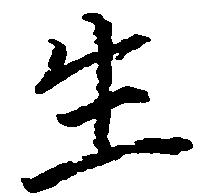
生